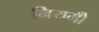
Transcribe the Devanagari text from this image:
नियमोँ